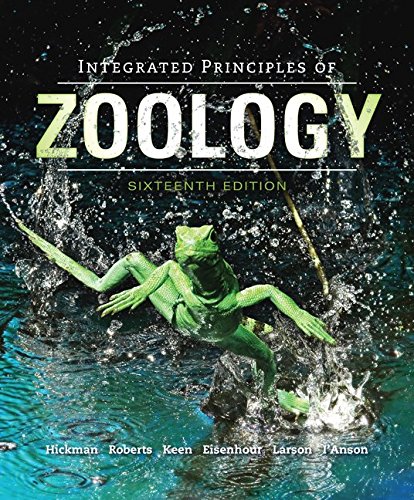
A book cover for Integrated Principles of Zoology; Jr., Cleveland Hickman; Science & Math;